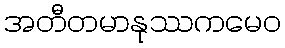
အတီတမာနုဿကမေဝ